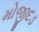
મોજીદડ